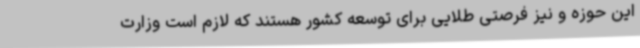
این حوزه و نیز فرصتی طلایی برای توسعه کشور هستند که لازم است وزارت